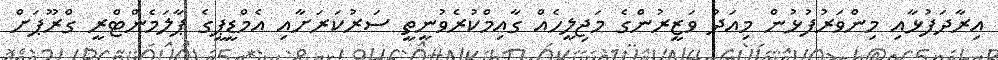
އިރާދަފުޅާއި މިންވަރުފުޅުން މިއަދު ވަޒީރުންގެ މަޖިލީހެއް ގާއިމްކުރެވުނީތީ ސަރުކަރަށާއި އެމްޑީޕީގެ ޕާލަމެންޓްރީ ގްރޫޕަށް